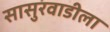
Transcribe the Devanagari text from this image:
सासुरवाडीला